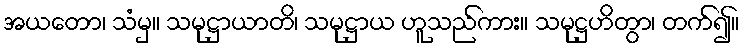
အယတော၊ သံမှ။ သမုဋ္ဌာယာတိ၊ သမုဋ္ဌာယ ဟူသည်ကား။ သမုဋ္ဌဟိတွာ၊ တက်၍။